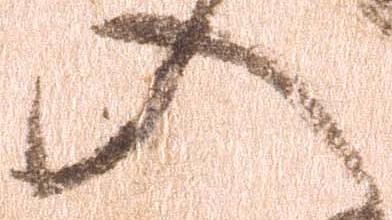
入